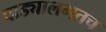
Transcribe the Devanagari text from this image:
पाड्यालगतच